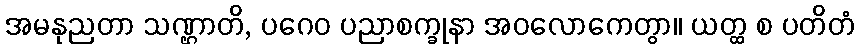
အမနုညတာ သဏ္ဌာတိ, ပဂေဝ ပညာစက္ခုနာ အဝလောကေတွာ။ ယတ္ထ စ ပတိတံ